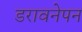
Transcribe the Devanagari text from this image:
डरावनेपन